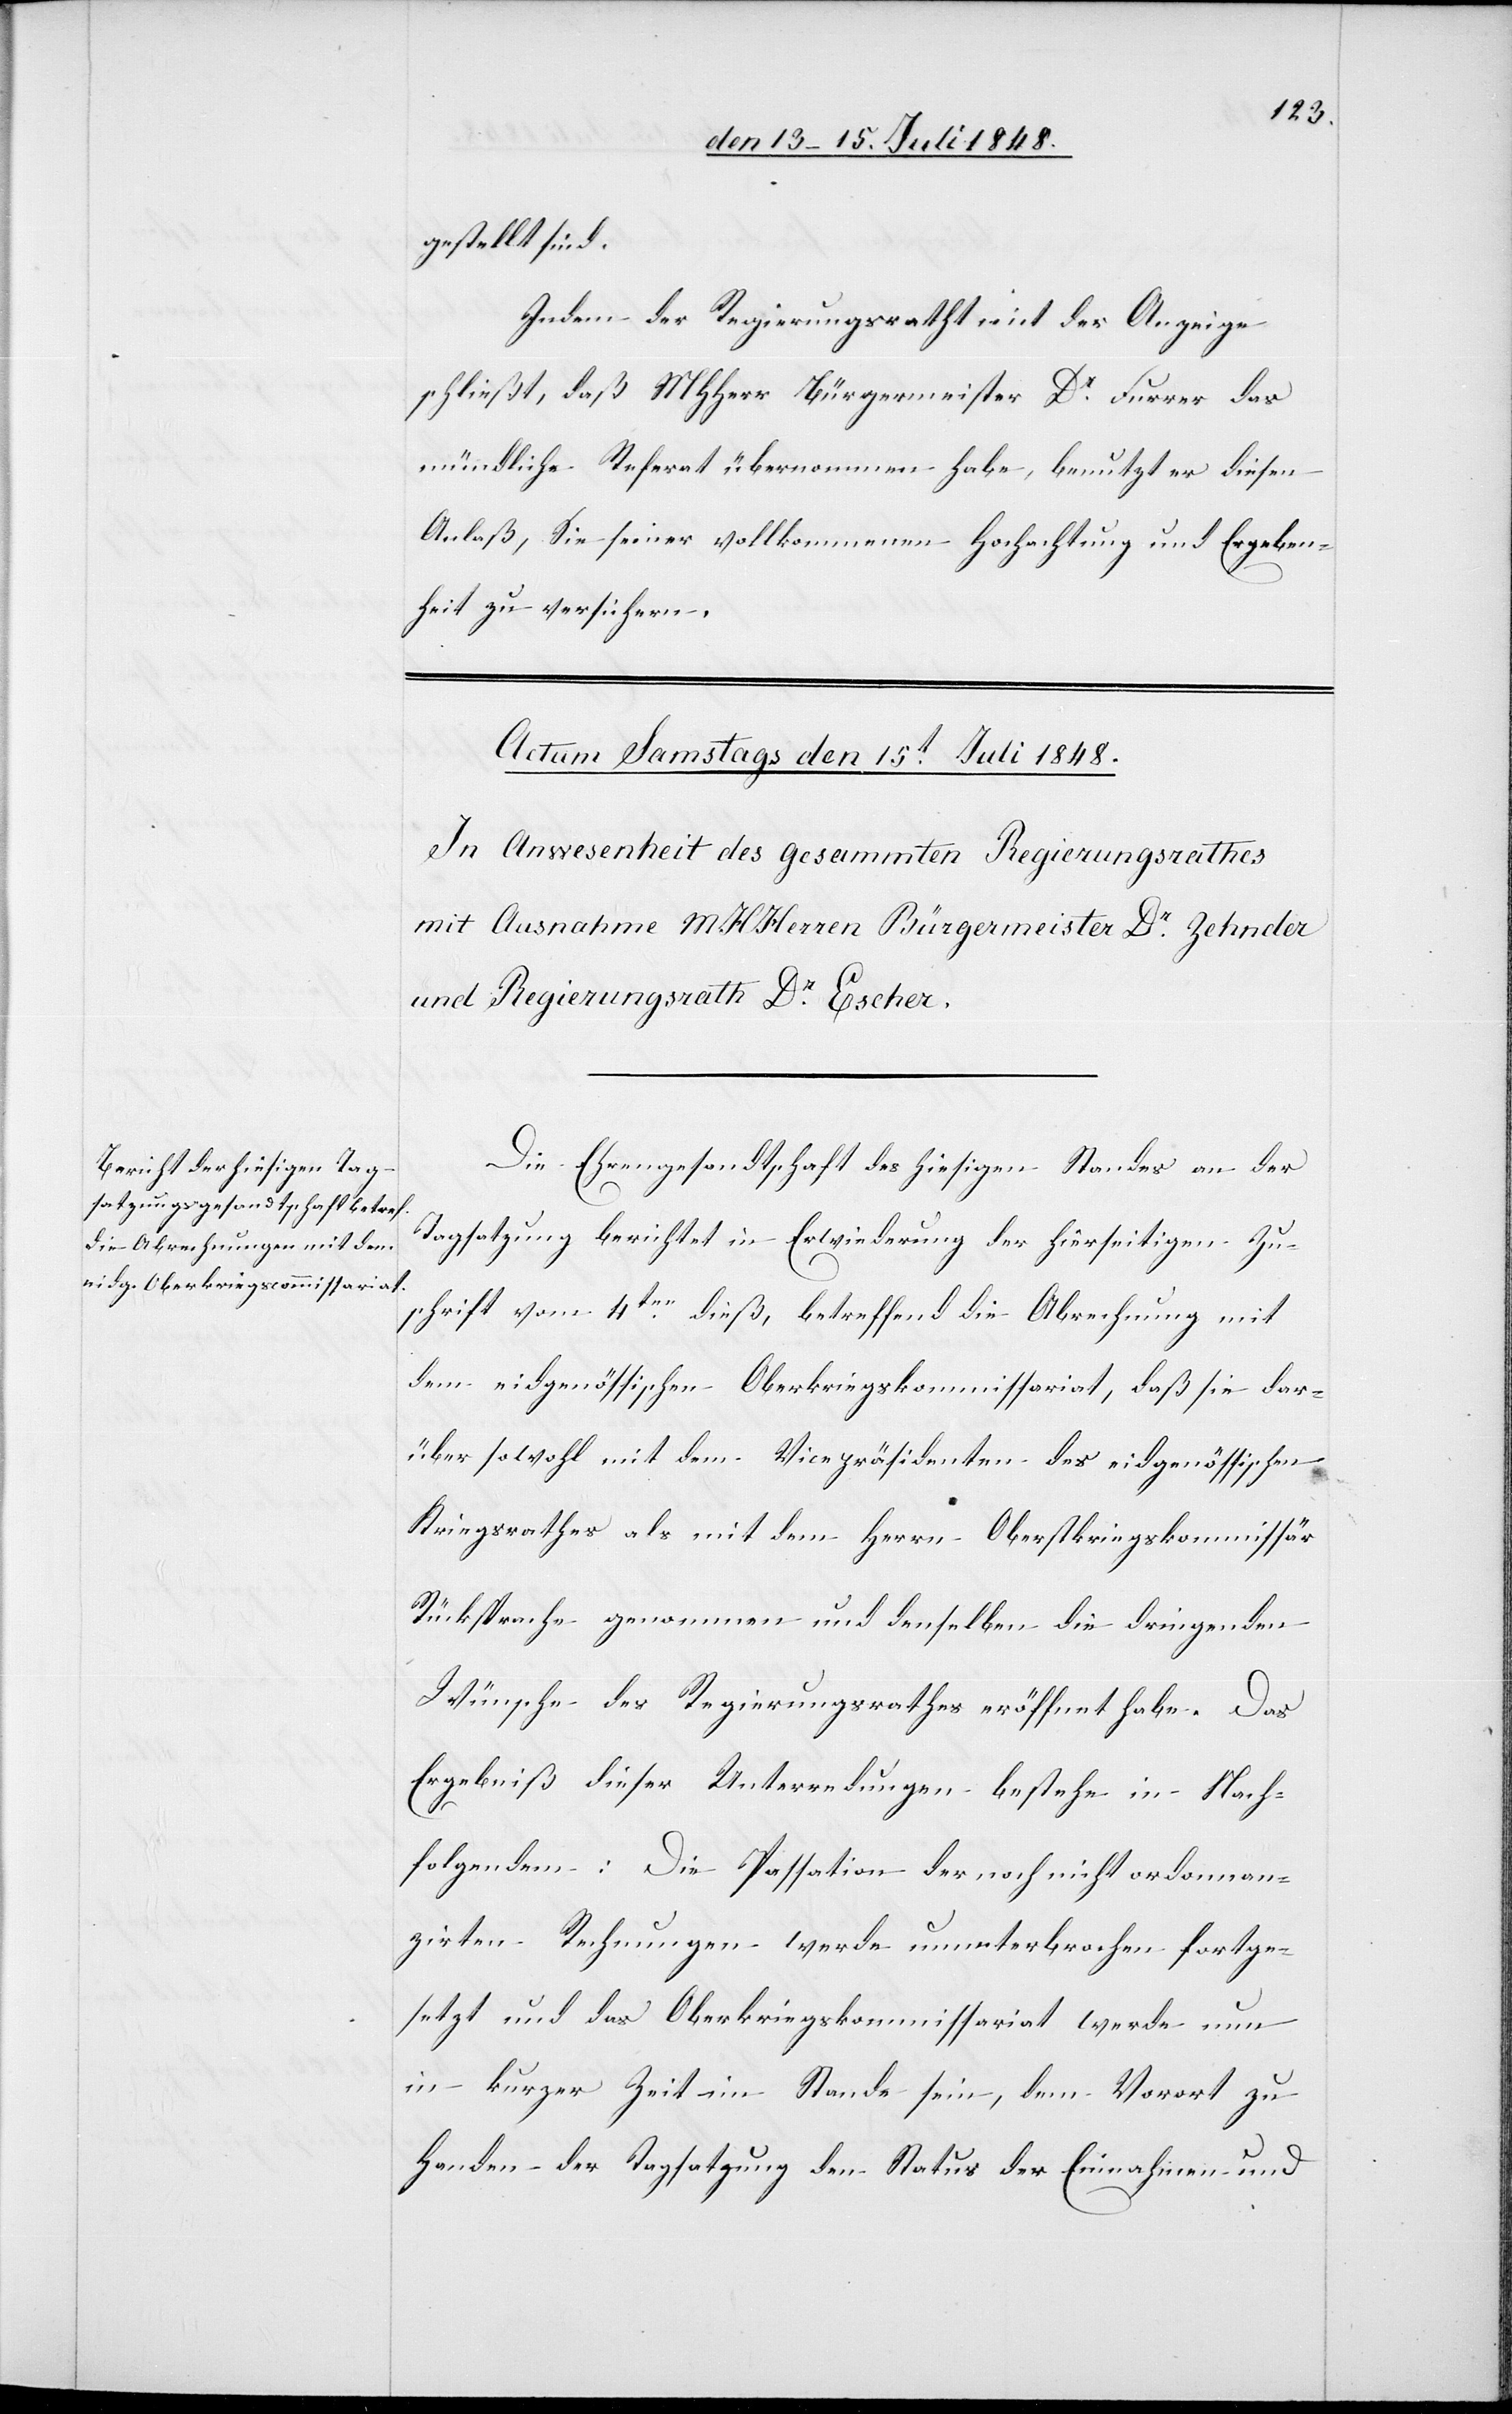
gestellt sind.
Indem der Regierungsrath mit der Anzeige
schließt, daß HHerr Bürgermeister Dr Furrer das
mündliche Referat übernommen habe, benutzt er diesen
Anlaß, Sie seiner vollkommenen Hochachtung und Ergeben¬
heit zu versichern.
Die Ehrengesandtschaft des hiesigen Standes an der
Tagsatzung berichtet in Erwiederung der hierseitigen Zu¬
schrift vom 4ten dieß, betreffend die Abrechnung mit
dem eidgenössischen Oberkriegskommissariat, daß sie dar¬
über sowohl mit dem Vicepräsidenten des eidgenössischen
Kriegsrathes als mit dem Herrn Oberkriegskommissär
Rücksprache genommen und denselben die dringenden
Wünsche des Regierungsrathes eröffnet habe. Das
Ergebniß dieser Unterredungen bestehe in Nach¬
folgendem: Die Passation der noch nicht ordonnan¬
zirten Rechnungen werde ununterbrochen fortge¬
setzt und das Oberkriegskommissariat werde nun
in kurzer Zeit im Stande sein, dem Vorort zu
Handen der Tagsatzung den Status der Einnahmen und